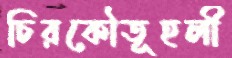
চিরকৌতূহলী